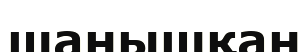
шанышқан